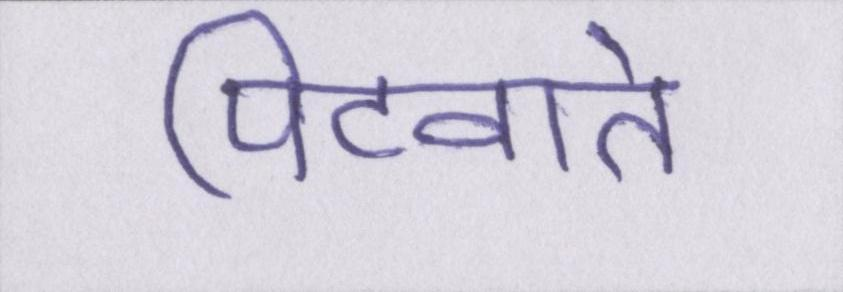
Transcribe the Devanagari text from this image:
पिटवाते